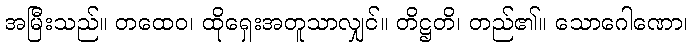
အမြီးသည်။ တထေဝ၊ ထိုရှေးအတူသာလျှင်။ တိဋ္ဌတိ၊ တည်၏။ သောဂေါဏော၊